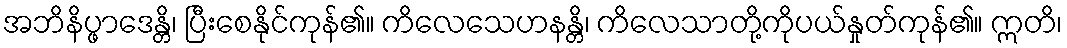
အဘိနိပ္ဖာဒေန္တိ၊ ပြီးစေနိုင်ကုန်၏။ ကိလေသေဟနန္တိ၊ ကိလေသာတို့ကိုပယ်နှုတ်ကုန်၏။ ဣတိ၊